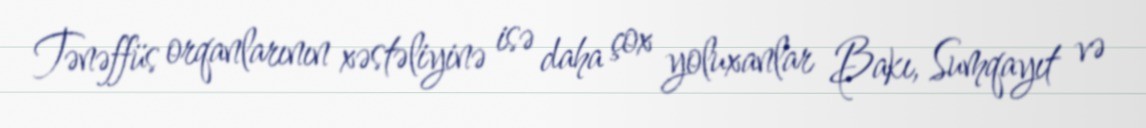
Tənəffüs orqanlarının xəstəliyinə isə daha çox yoluxanlar Bakı, Sumqayıt və